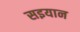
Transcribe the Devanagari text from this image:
सइयान